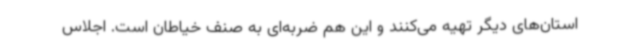
استان‌های دیگر تهیه می‌کنند و این هم ضربه‌ای به صنف خیاطان است. اجلاس